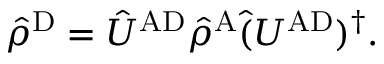
\hat { \rho } ^ { \mathrm { D } } = \hat { U } ^ { \mathrm { A D } } \hat { \rho } ^ { \mathrm { A } } \hat { ( } { U } ^ { \mathrm { A D } } ) ^ { \dagger } .